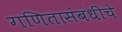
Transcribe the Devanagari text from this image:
गणितासंबंधीचे